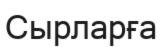
Сырларға